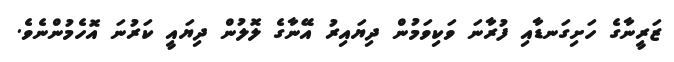
ޒަރީނާގެ ހަށިގަނޑާއި ފުރާނަ ވަކިވަމުން ދިޔައިރު އޭނާގެ ލޮލުން ދިޔައީ ކަރުނަ އޮހެމުންނެވެ.